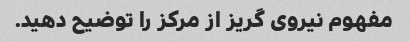
مفهوم نیروی گریز از مرکز را توضیح دهید.